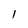
Character: 1